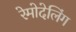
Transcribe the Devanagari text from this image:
रेमोदेलिंग